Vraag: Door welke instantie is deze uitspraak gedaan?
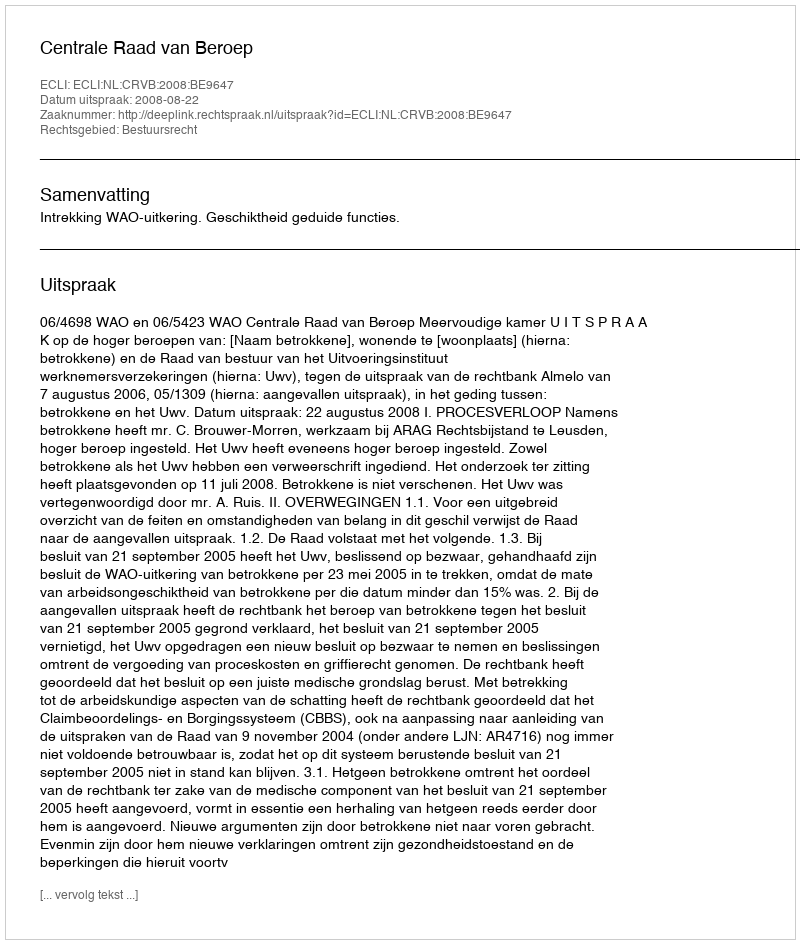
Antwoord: Centrale Raad van Beroep